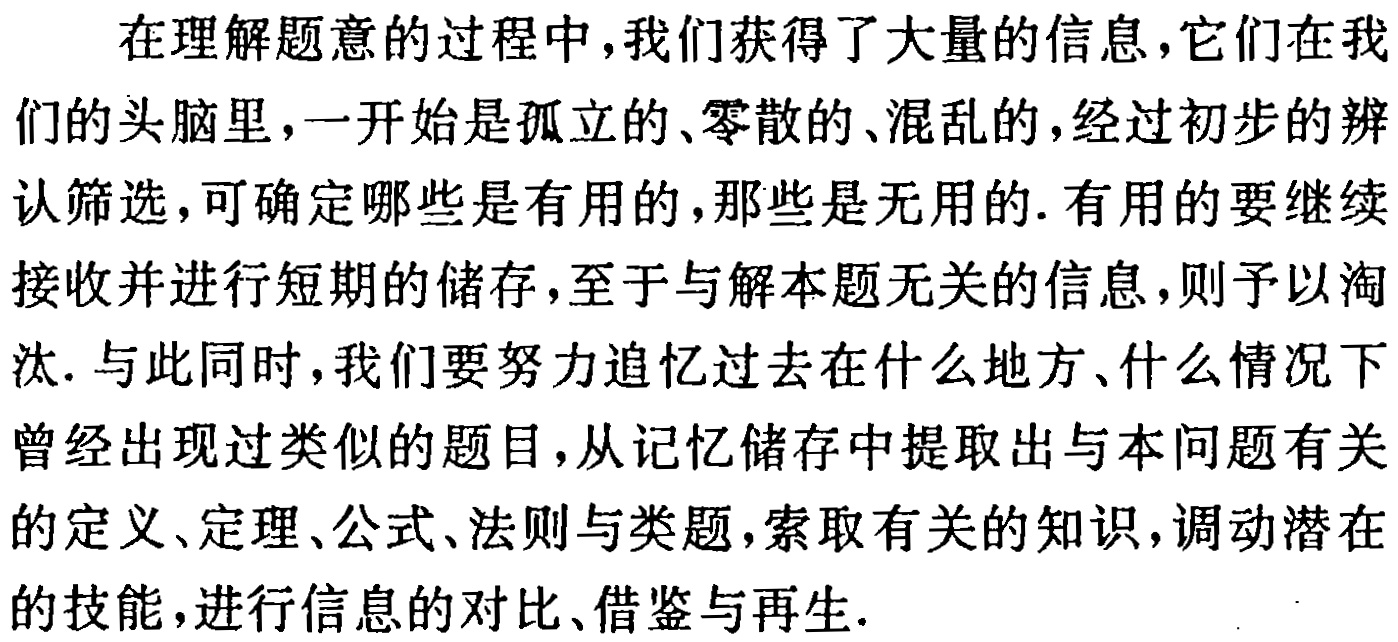
在理解题意的过程中,我们获得了大量的信息,它们在我们的头脑里,一开始是孤立的、零散的、混乱的,经过初步的辨认筛选,可确定哪些是有用的,那些是无用的. 有用的要继续接收并进行短期的储存,至于与解本题无关的信息,则予以淘汰. 与此同时,我们要努力追忆过去在什么地方、什么情况下曾经出现过类似的题目,从记忆储存中提取出与本问题有关的定义、定理、公式、法则与类题,索取有关的知识,调动潜在的技能,进行信息的对比、借鉴与再生.